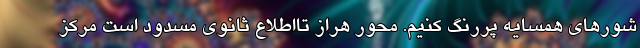
شورهای همسایه پررنگ کنیم. محور هراز تااطلاع ثانوی مسدود است مرکز